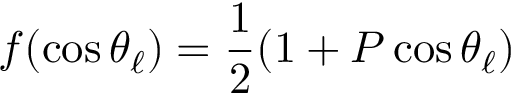
f ( \cos \theta _ { \ell } ) = \frac { 1 } { 2 } ( 1 + P \cos \theta _ { \ell } )